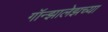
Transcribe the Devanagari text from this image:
गॉन्झालेझच्या